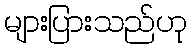
များပြားသည်ဟု